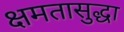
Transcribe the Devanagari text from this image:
क्षमतासुद्धा